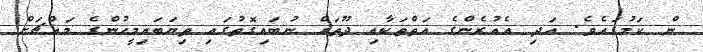
ން ކަމުގައެވެ. އަދި އެއުރެންގެ އަތްތަކާއި ދޫތައް ނުބައިގޮތުގައި ތިޔަބައިމީހުންގެ މައްޗަށް